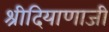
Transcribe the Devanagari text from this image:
श्रीदियाणाजी